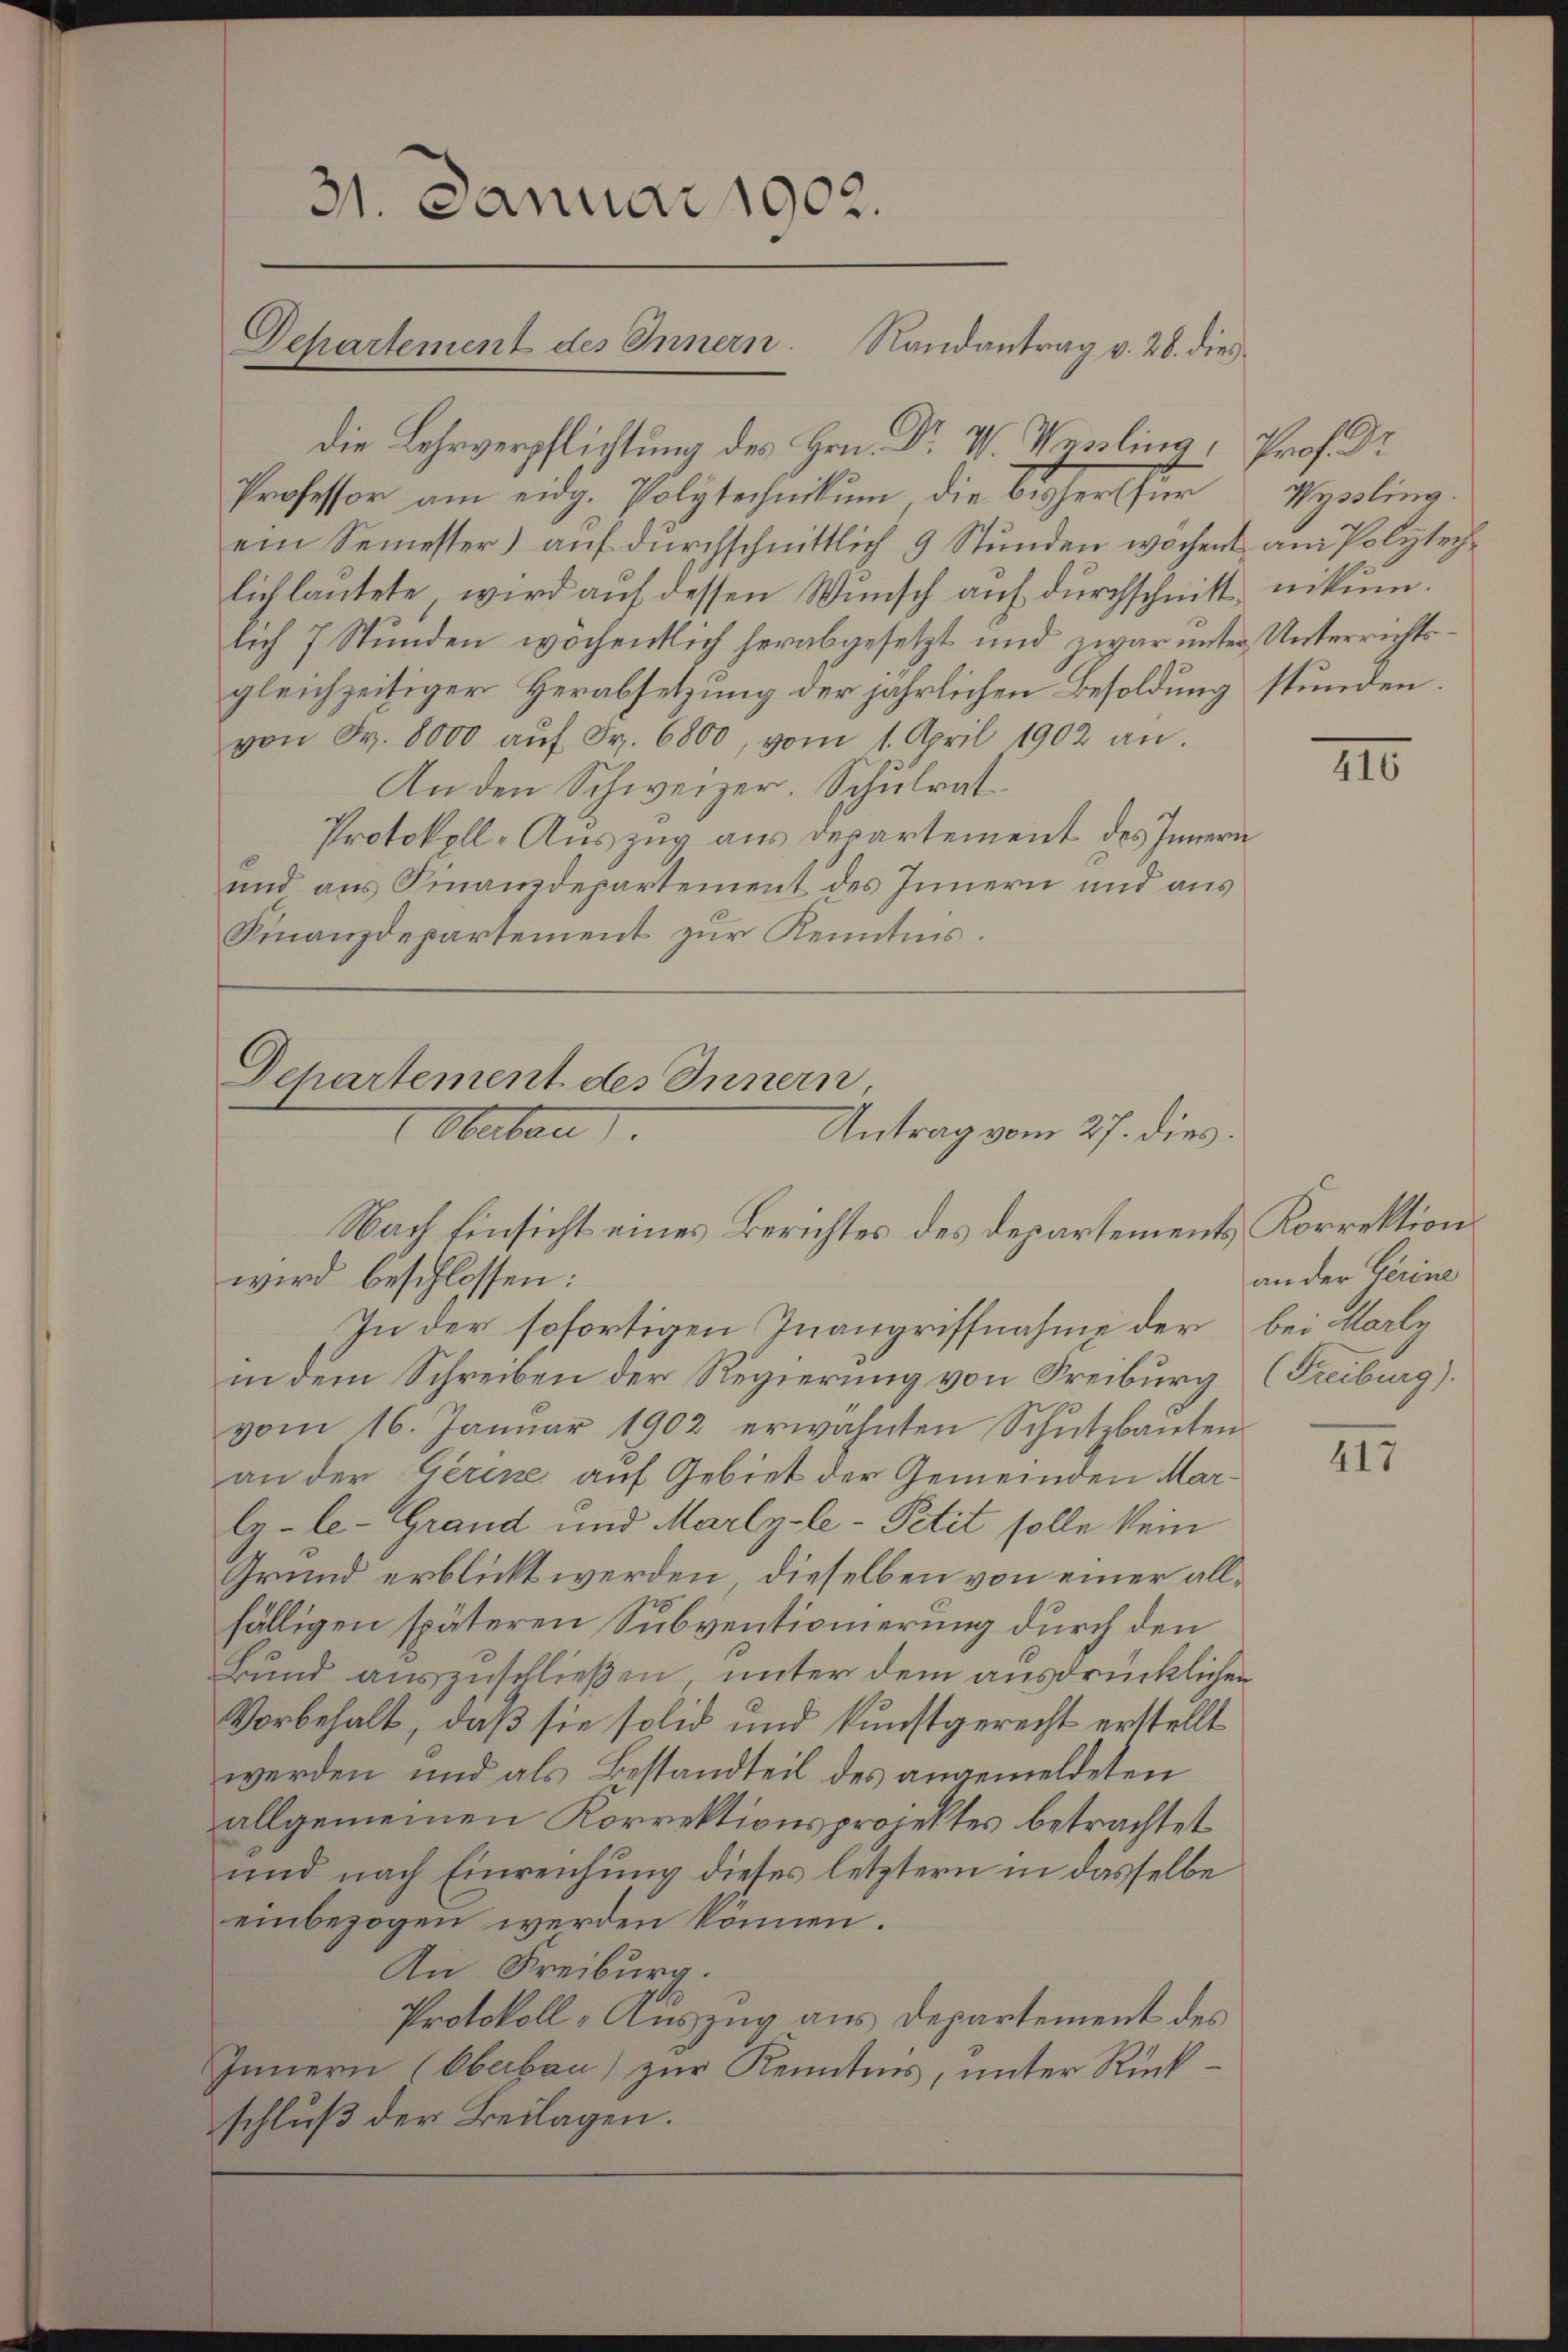
31. Januar 1902.
Departement des Innern. Randantrag v. 28. dies

die Lehrverpflichtung des Hrn. Dr V. Wysling, Prof. Dr

Professor am eidg. Polytechnikum die bisher für Wyssling.
ein Semester) auf durchschnittlich 9 Stunden wöchent am Polytechlich lautete, wird auf dessen Wunsch auf durchschnitt nikum.
lich 7 Stunden wöchentlich herabgesetzt und zwar unter Unterrichtsgleichzeitiger Herabsetzung der jährlichen Besoldung stunden.
von Fr. 8000 aŭf Fr. 6800, vom 1. April 1902 an.
An den Schweizer. Schulrat
Protokoll-Auszug aus derartement des Innern
und aus Finanzdepartement des Innern und aus
Finanzdepartement zur Kenntnis.

Departement des Innern,
Oberbau
Antrag vom 27. dies.
Nach Einsicht eines Berichtes des Departements Korrektion

wird beschlossen:
In der sofortigen Inangriffnahme der
in dem Schreiben der Regierung von Freiburg (Freiburg)
vom 16. Janŭar 1902 erwähnten Schŭtzbauten.
an der Gercke auf Gebiet der Gemeinden Marly-le-Grand und Marly-le- Petit solle kein
Grund erblickt werden, dieselben von einer allfälligen späteren Subventionierung durch den
Bund auszuschließen, unter dem ausdrücklichen
Vorbehalt, daß sie solid und kunstgerecht erstellt
werden und als Bestandteil des angemeldeten
allgemeinen Korrektionsprojektes betrachtet
und nach Einreichung dieses letztern in dasselbe
einbezogen werden können.
An Freiburg.
Protokoll-Auszug aus Departement des
Innern (Oberbau) zur Kenntnis, unter Rückschluß der Beilagen.

II0

an der Gerine
bei Marty

II7